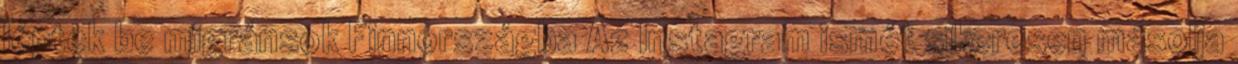
léptek be migránsok Finnországba Az Instagram ismét sikeresen másolja